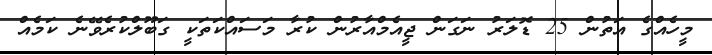
މީހެއްގެ އަތުން 25 ޑޮލަރު ނަގަން ޖީއެމްއާރުން ކުރާ މަސައްކަތަކީ ގަބޫލްކުރެވޭނެ ކަމެއް